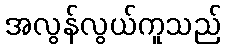
အလွန်လွယ်ကူသည်